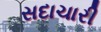
સદાચારી